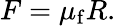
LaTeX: F=\mu_{\mathrm{f}}R.